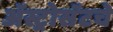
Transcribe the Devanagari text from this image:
ॲस्ट्रोसॅटचे